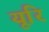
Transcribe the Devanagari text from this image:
यूरि